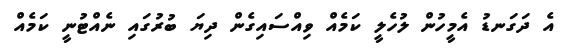
އެ ދަގަނޑު އެމީހުން ލުހެލީ ކަމެއް ވިއްސައިގެން ދިޔަ ބުރުގައި ނެއްޓުނީ ކަމެއް